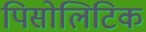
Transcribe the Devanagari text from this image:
पिसोलिटिक